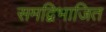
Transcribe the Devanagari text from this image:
समद्विभाजित